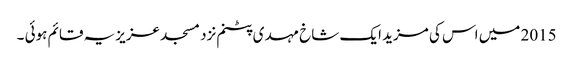
2015 میں اس کی مزید ایک شاخ مہدی پٹنم نزد مسجد عزیزیہ قائم ہوئی ۔